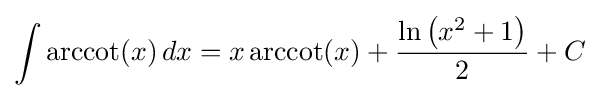
\int \operatorname {arccot}(x)\,dx=x\operatorname {arccot}(x)+{\frac {\ln \left(x^{2}+1\right)}{2}}+C